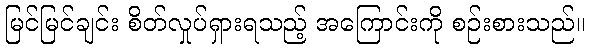
မြင်မြင်ချင်း စိတ်လှုပ်ရှားရသည့် အကြောင်းကို စဉ်းစားသည်။